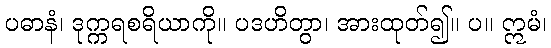
ပဓာနံ၊ ဒုက္ကရစရိယာကို။ ပဒဟိတွာ၊ အားထုတ်၍။ ပ။ ဣမံ၊